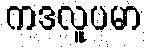
ကဒလူပမာ